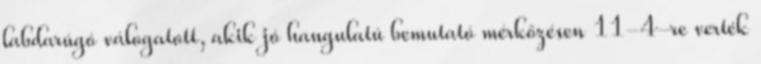
labdarúgó válogatott, akik jó hangulatú bemutató mérkőzésen 11-4-re verték